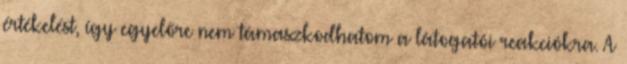
értékelést, így egyelőre nem támaszkodhatom a látogatói reakciókra. A